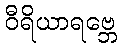
ဝီရိယာရဗ္ဘေ